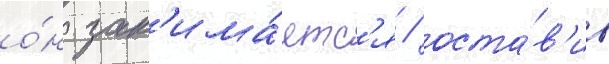
о́н зан'има́етс'я / оста́в'ив